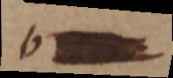
b